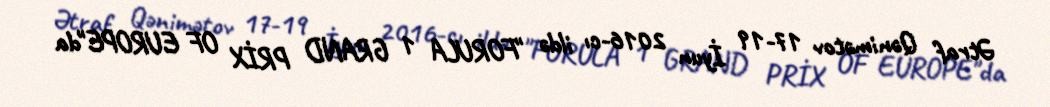
Ətraf Qənimətov 17-19 İyun 2016-cı ildə "FORULA 1 GRAND PRİX OF EUROPE"da